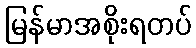
မြန်မာအစိုးရတပ်